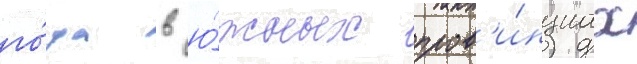
го́да в ю́жных пров'и́нциах